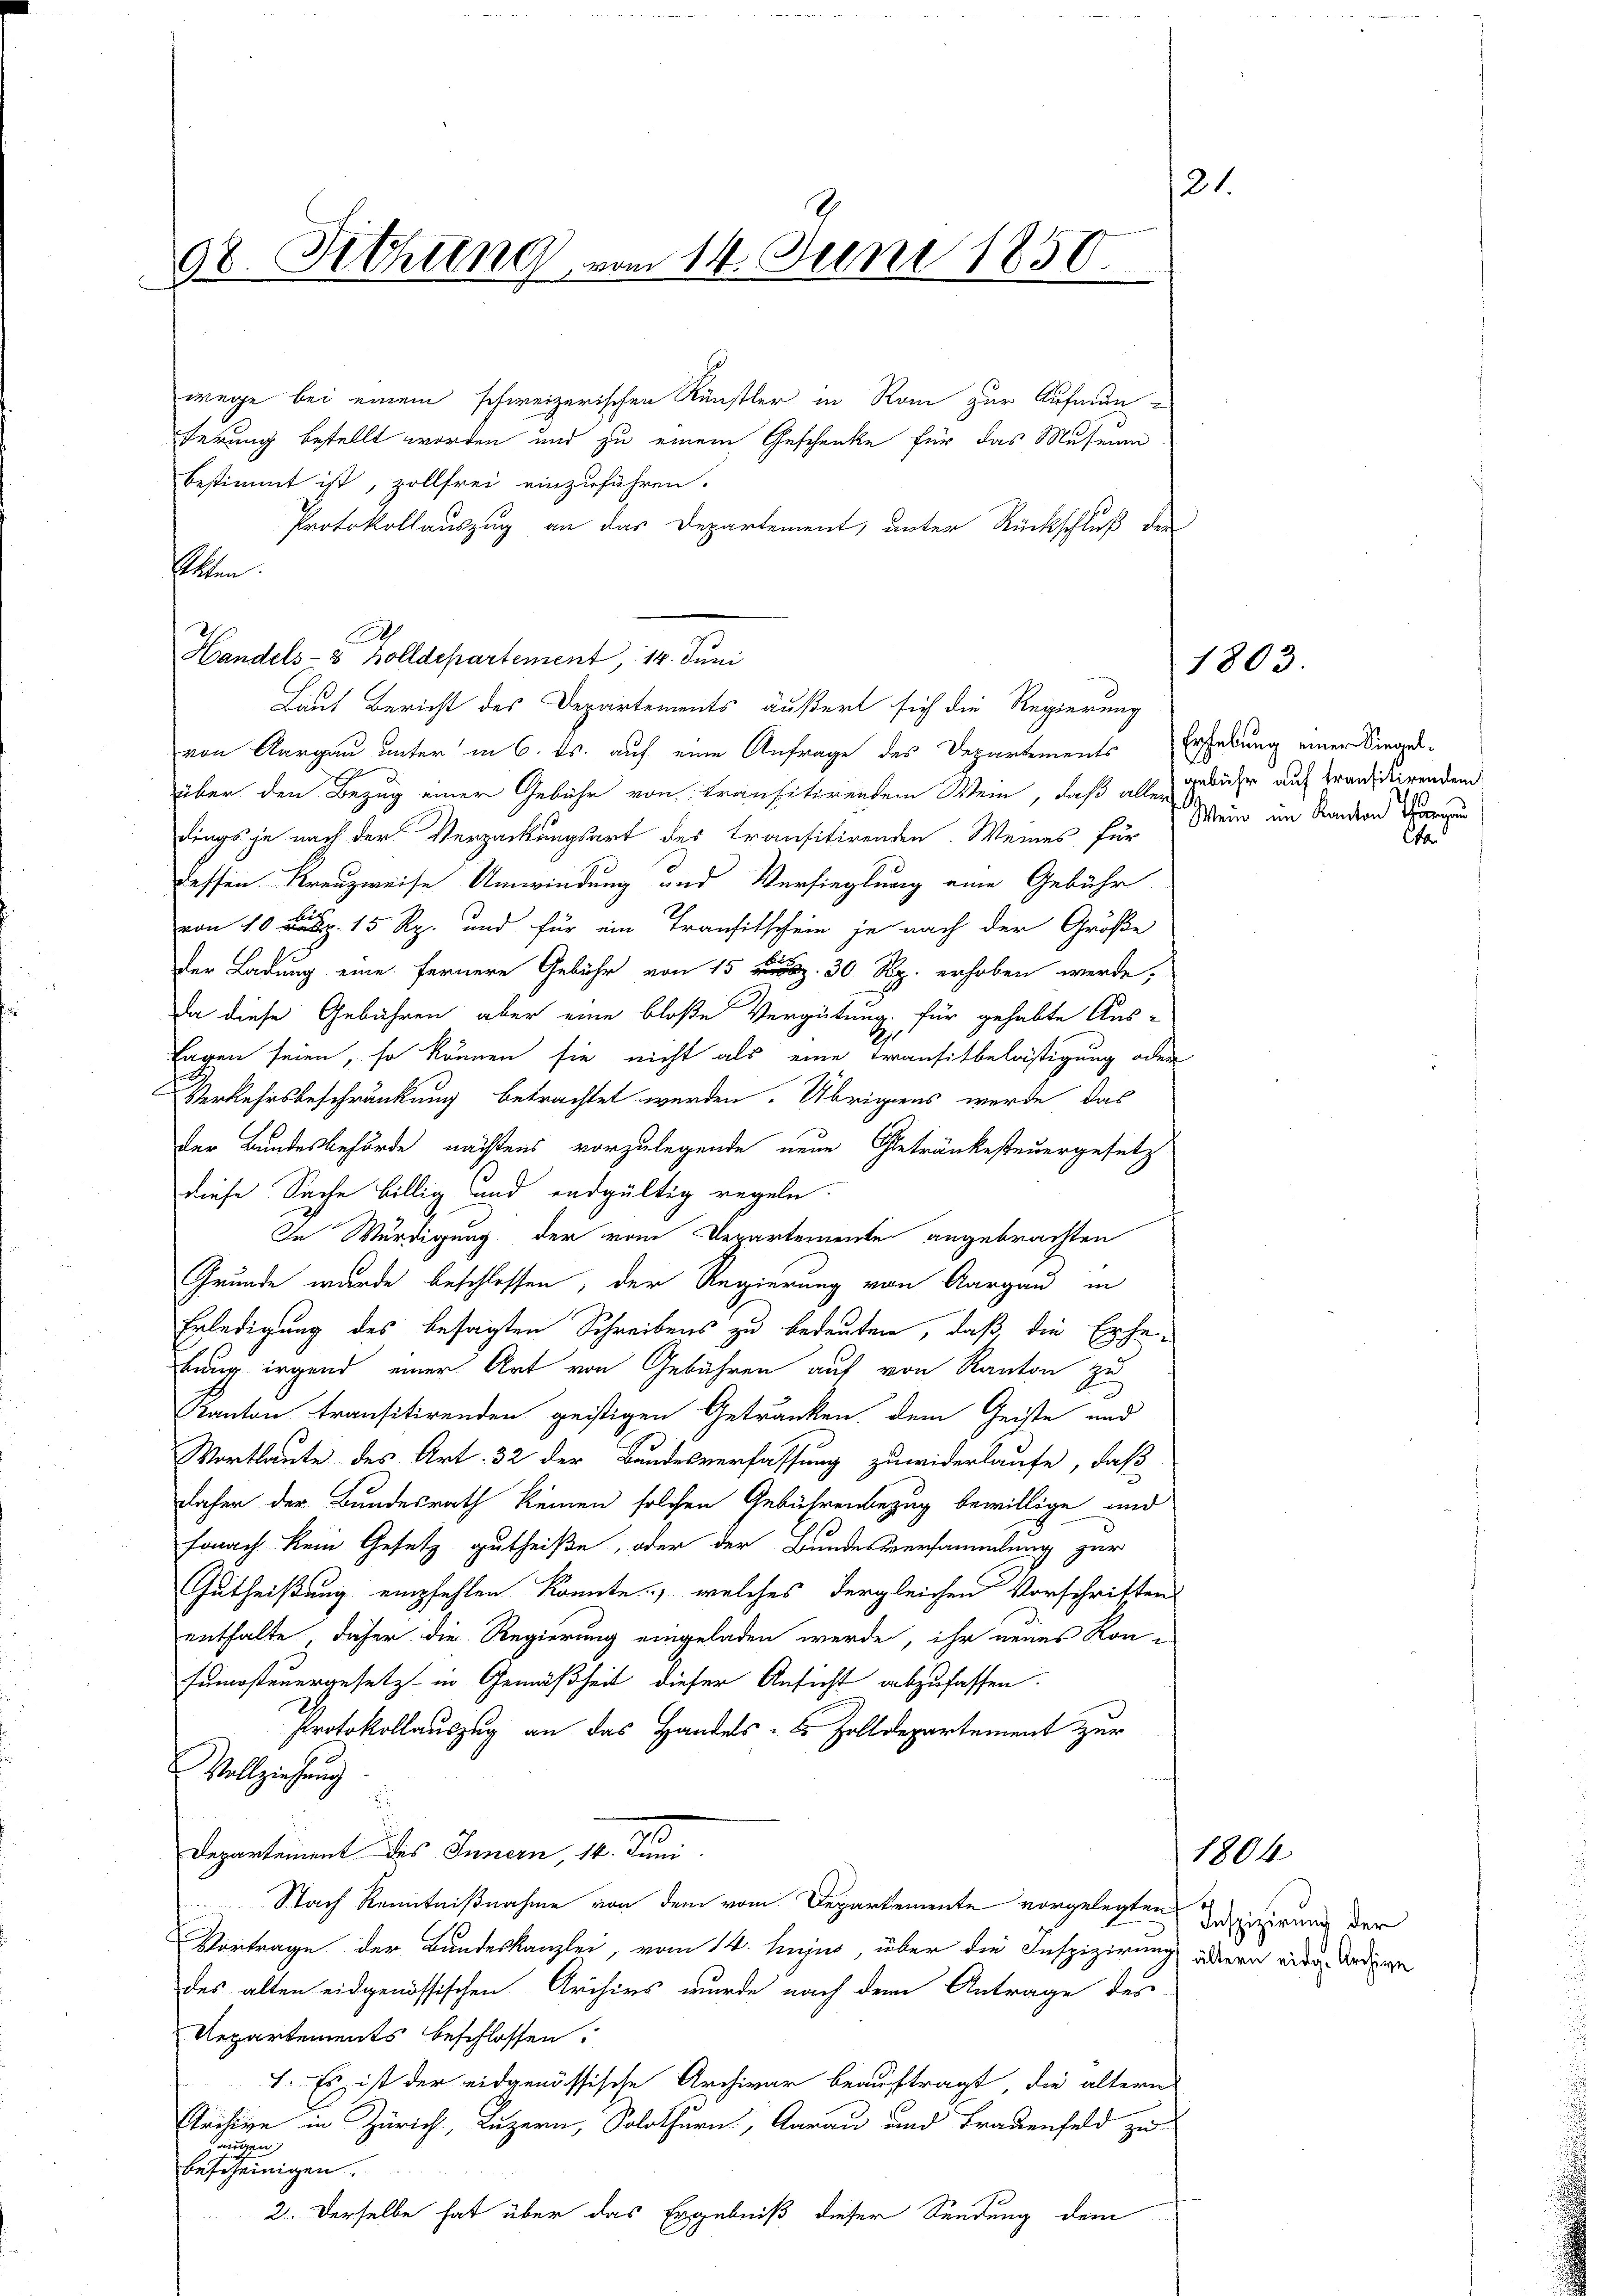
21.
98. Rthung vom 14. Juni 1850.
f

A
Handels- 3 Zolldepartement, 14. Juni

wege bei einem schweizerischen Künstler in Rom zur Aufmunferung bestellt worden und zu einem Geschenke für das Museum
bestimmt ist, zollfrei einzuführen.
Protokollauszug an das Departement, unter Rückschluß der
setten.
von Aargau unter in 6. ds. auf eine Anfrage des Departements Erhebung einer Siegel-
über den Bezug einer Gebühr von Transitirendem Wein, daß alles zu ihr auf transitirenden
dings je nach der Verpackungsart des transitirenden. Weines für Mein im Randern Grund
dessen Kreuzweise Umwindung und Versieglung eine Gebühr
von 10. 15 Rp. und für ein Transitschein je nach der Größe
der Ladung eine fernere Gebühr von 15. 30 Rp. erhoben werde;
Da diese Gebühren, aber eine bloße Vergütung für gehabte Aus-
1
tagen seien, so können sie nicht als eine Transitbelästigung oder
Verkehrsbeschränkung betrachtet werden. Übrigens werde, das
der Bundesbehörde nachtens vorzulegende neue Getränkesteuergesetz
diese Sache billig und endgültig regeln.
In Würdigung der vom Departemente angebrachten
Grunde wurde beschlossen, der Regierung von Aargau in
Erledigung des besagten Schreibens zu bedeuten, daß die Erhebung irgend einer Art von Gebühren auf von Kanton zu
Kanton transitirenden geistigen Getränken, dem Geiste und
Wortlaute des Art. 32 der Bandesverfassung zuwiderlaufe, daß
daher der Bundesrath keinen solchen Gebührenbezug bewillige und
Fonach kein Gesetz gutheiße, oder der Bundesversammlung zur
Gutheißung empfehlen konnte, welches dergleichen Vorschriften
enthalte, daher die Regierung eingeladen werde, ihr neues Kon-
sumsteuergesetzt in Gemäßheit dieser Ansicht abzufassen.
Protokollauszug an das Handels- & Zolldepartement zur
Vollziehung
Departement des Innern, 14. Juni.
Nach Kenntnißnahme von dem vom Departemente vorgelegten
Vortrage der Bundeskanzlei, vom 14. hujus, über die Inspizierung übern eidg. Andere
des alten eidgenössischen Archivs wurde nach dem Antrage des
Repartements beschlossen:
1. Es ist der eidgenössische Archivar beauftragt, die ältern
Archive in Zürich, Luzern, Solothurn, Aarau und Frauenfeld zu
orden
bescheinigen.
2. Derselbe hat über das Ergebniß dieser Sendung dem

Laut Bericht des Departements äußert sich die Regierung

t

1803.

1804

Inspizierung der